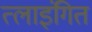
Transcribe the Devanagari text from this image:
त्लाइंगित